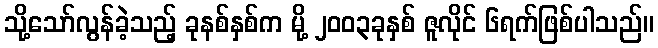
သို့သော်လွန်ခဲ့သည့် ခုနစ်နှစ်က မို့ ၂၀၀၃ခုနှစ် ဇူလိုင် ၆ရက်ဖြစ်ပါသည်။